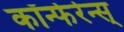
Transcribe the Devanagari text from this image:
कॉन्फेरेन्स्